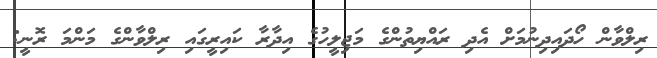
ރިލްވާން ހޯދައިދިނުމަށް އެދި ރައްޔިތުންގެ މަޖިލީހުގެ އިދާރާ ކައިރީގައި ރިލްވާންގެ މަންމަ ރޮނީ: